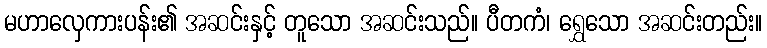
မဟာလှေကားပန်း၏ အဆင်းနှင့် တူသော အဆင်းသည်။ ပီတကံ၊ ရွှေသော အဆင်းတည်း။